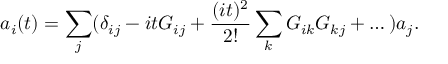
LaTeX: a _ { i } ( t ) = \sum _ { j } ( \delta _ { i j } - i t G _ { i j } + { \frac { ( i t ) ^ { 2 } } { 2 ! } } \sum _ { k } G _ { i k } G _ { k j } + \dots ) a _ { j } .